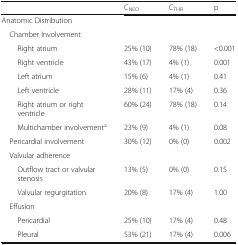
<table><thead><tr><td></td><td><b>C<sub>NEO</sub></b></td><td><b>C<sub>THR</sub></b></td><td><b>p</b></td></tr></thead><tbody><tr><td colspan="4">Anatomic Distribution</td></tr><tr><td colspan="4"> Chamber Involvement</td></tr><tr><td>Right atrium</td><td>25% (10)</td><td>78% (18)</td><td>&lt;0.001</td></tr><tr><td>Right ventricle</td><td>43% (17)</td><td>4% (1)</td><td>0.001</td></tr><tr><td>Left atrium</td><td>15% (6)</td><td>4% (1)</td><td>0.41</td></tr><tr><td>Left ventricle</td><td>28% (11)</td><td>17% (4)</td><td>0.36</td></tr><tr><td>Right atrium or right ventricle</td><td>60% (24)</td><td>78% (18)</td><td>0.14</td></tr><tr><td>Multichamber involvement<sup>a</sup></td><td>23% (9)</td><td>4% (1)</td><td>0.08</td></tr><tr><td> Pericardial involvement</td><td>30% (12)</td><td>0% (0)</td><td>0.002</td></tr><tr><td colspan="4"> Valvular adherence</td></tr><tr><td>Outflow tract or valvular stenosis</td><td>13% (5)</td><td>0% (0)</td><td>0.15</td></tr><tr><td>Valvular regurgitation</td><td>20% (8)</td><td>17% (4)</td><td>1.00</td></tr><tr><td colspan="4"> Effusion</td></tr><tr><td>Pericardial</td><td>25% (10)</td><td>17% (4)</td><td>0.48</td></tr><tr><td>Pleural</td><td>53% (21)</td><td>17% (4)</td><td>0.006</td></tr></tbody></table>